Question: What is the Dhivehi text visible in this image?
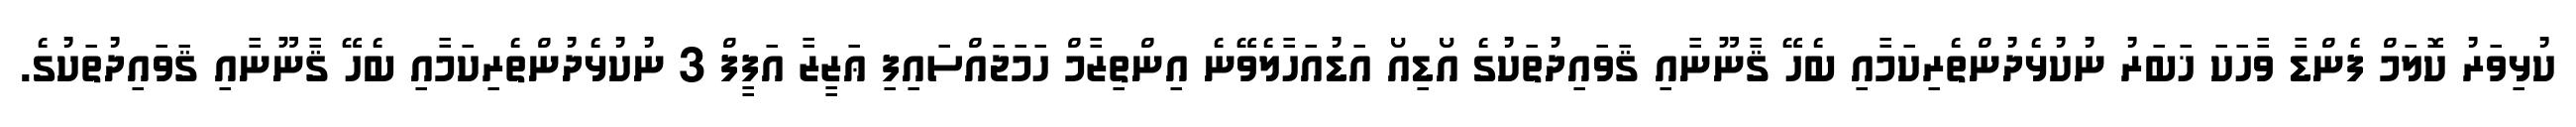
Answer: ކުޅިވަރު ކޮލަމް ފެންޑާ ވާހަކަ ޚަބަރު ނުކުޅެދުންތެރިކަމާއި ބެހޭ ޤާނޫނާއި ޤަވައިދުތަކުގެ އޯޑިއޯ އަޑުއަހާލެވޭނެ އިންތިޒާމް ހަމަޖައްސައިފި ޢަޒީޒާ އަފީފް 3 ނުކުޅެދުންތެރިކަމާއި ބެހޭ ޤާނޫނާއި ޤަވައިދުތަކުގެ.